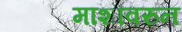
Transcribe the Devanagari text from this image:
माशांवरुन